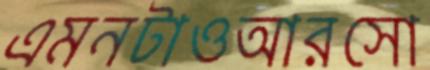
এমনটাওআরসো